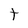
Character: t